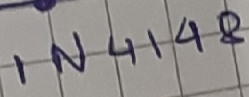
Text: IN4148